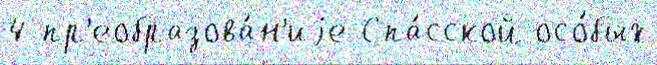
4 пр'еобразова́н'иjе Спа́сской осо́бых